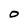
Character: 0